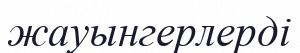
жауынгерлерді